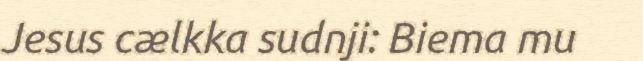
Jesus cælkka sudnji: Biema mu